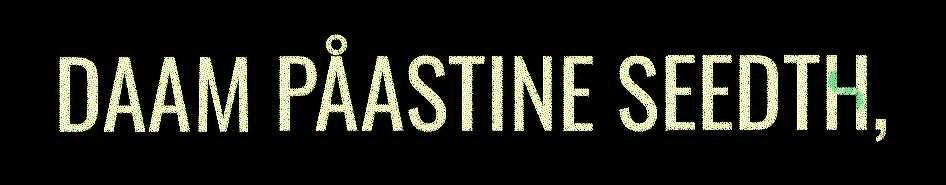
DAAM PÅASTINE SEEDTH,